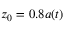
z _ { 0 } = 0 . 8 a ( t )